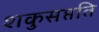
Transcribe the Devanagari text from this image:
शकुसप्तति